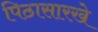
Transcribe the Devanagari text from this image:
पिठासारखे